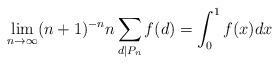
LaTeX: \begin{align*}\lim_{n \to \infty} (n+1)^{-n}n\sum_{d|P_n} f(d) = \int^1_0 f(x)dx\end{align*}